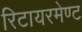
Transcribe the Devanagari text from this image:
रिटायरमेण्ट